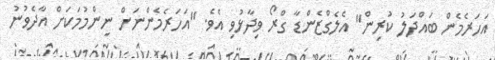
އަހަރެމެން ބައްދަލު ކުރިން" އެލެގްޒެންޑާ ގްރޯ ވިދާޅުވި އެވެ. "އަހަރެމެންނަށް ނިންމުމަކަށް އާދެވުނު